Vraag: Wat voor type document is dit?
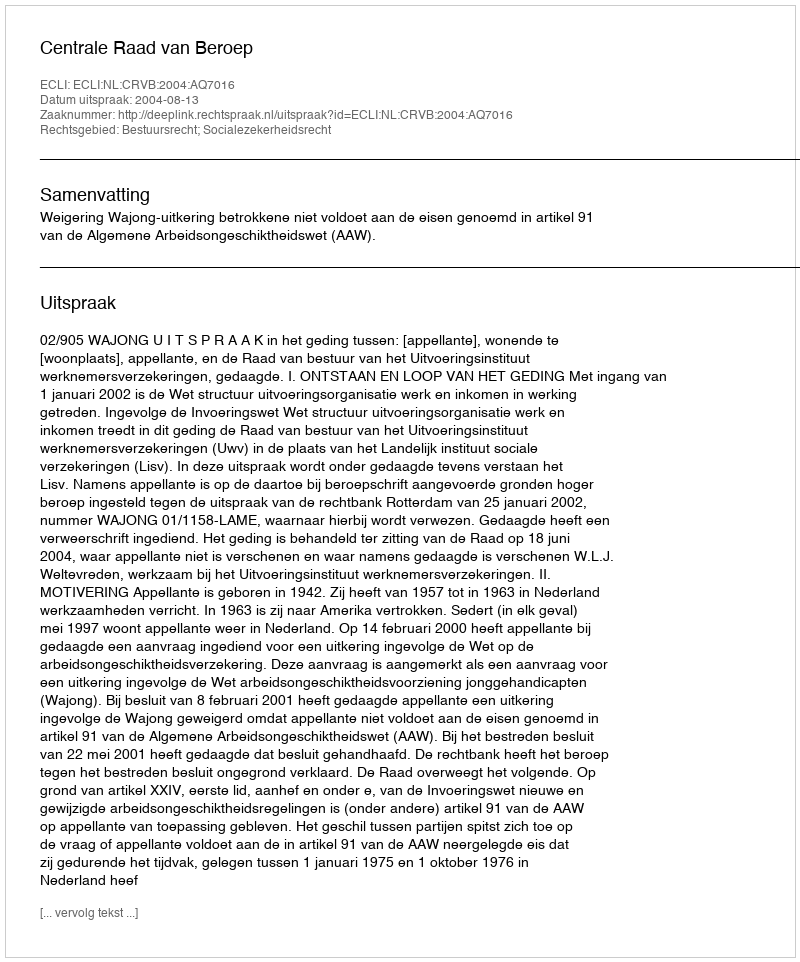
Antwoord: Uitspraak